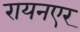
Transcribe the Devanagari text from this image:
रायनएर